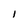
Character: I